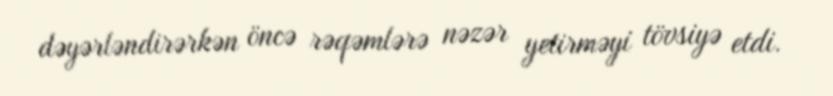
dəyərləndirərkən öncə rəqəmlərə nəzər yetirməyi tövsiyə etdi.